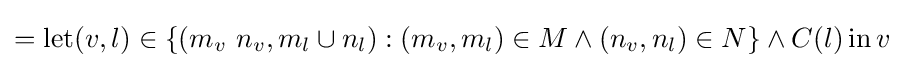
=\operatorname {let} (v,l)\in \{(m_{v}\ n_{v},m_{l}\cup n_{l}):(m_{v},m_{l})\in M\land (n_{v},n_{l})\in N\}\land C(l)\operatorname {in} v